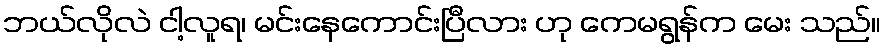
ဘယ်လိုလဲ ငါ့လူရ၊ မင်းနေကောင်းပြီလား ဟု ကေမရွန်က မေး သည်။